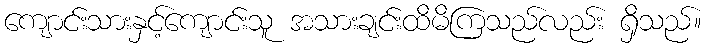
ကျောင်းသားနှင့်ကျောင်းသူ အသားချင်းထိမိကြသည်လည်း ရှိသည်။